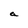
Character: a